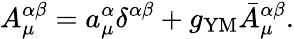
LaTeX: A_{\mu}^{\alpha\beta}=a_{\mu}^{\alpha}\delta^{\alpha\beta}+g_{\mathrm{YM}}\bar{A}_{\mu}^{\alpha\beta}.